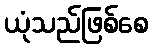
ယုံသည်ဖြစ်စေ